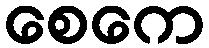
စေကေ